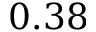
0 . 3 8